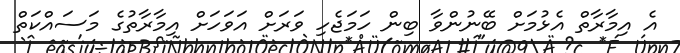
އެ އިމާރާތް އެޅުމަށް ބޭނުންވާ ބިން ހަމަޖެހި ވަރަށް އަވަހަށް އިމާރާތުގެ މަސައްކަތް